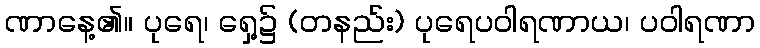
ဏာနေ့၏။ ပုရေ၊ ရှေ့၌ (တနည်း) ပုရေပဝါရဏာယ၊ ပဝါရဏာ